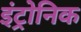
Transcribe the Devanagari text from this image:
इंट्रोनिक